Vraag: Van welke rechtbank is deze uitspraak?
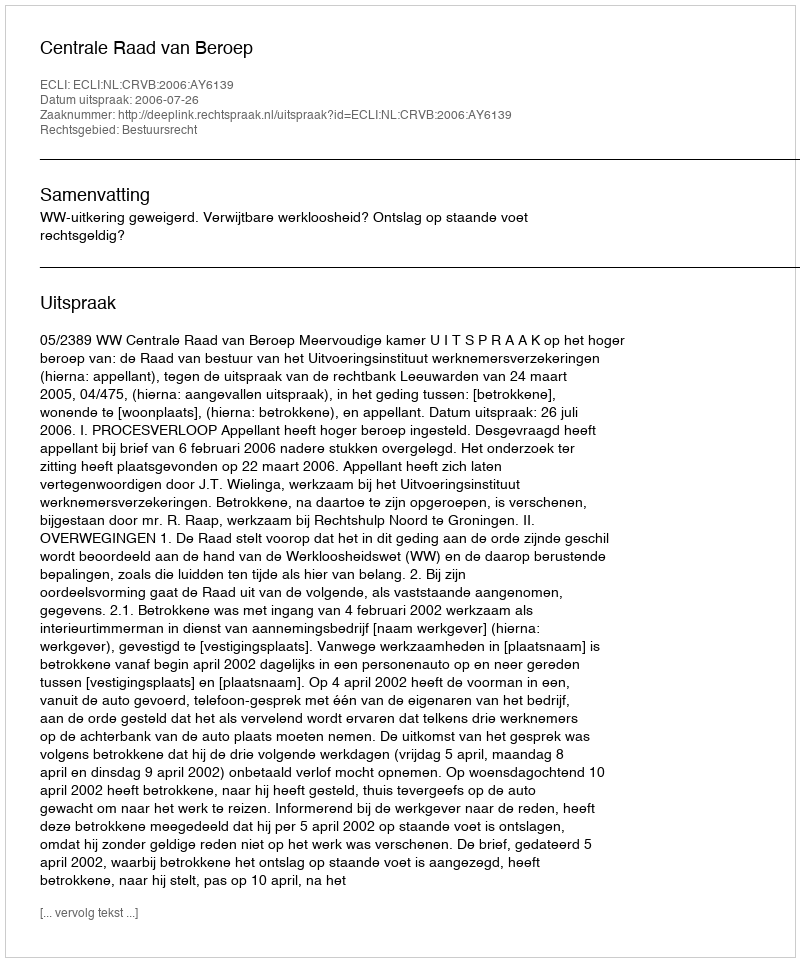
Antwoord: Centrale Raad van Beroep